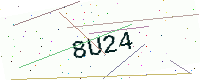
Text: 8U24